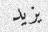
يزيد